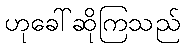
ဟုခေါ်ဆိုကြသည်